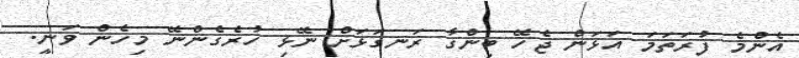
އެންމެ ފުރަތަމަ އަޅަން ޖެހޭ ބިންގާ ރަނގަޅަށް ނޭޅި ހުރެގެންނޭ މިހެން ވަނީ.